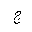
Letter: _gim